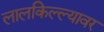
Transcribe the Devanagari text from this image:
लालकिल्ल्यावर